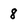
Character: 8